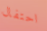
احتفال